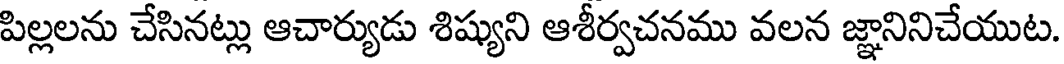
పిల్లలను చేసినట్లు ఆచార్యుడు శిష్యుని ఆశీర్వచనము వలన జ్ఞానినిచేయుట.